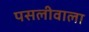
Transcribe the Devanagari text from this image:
पसलीवाला